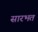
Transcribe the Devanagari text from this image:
सारभत